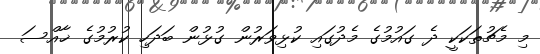
މި މެޗުތަކަކީ ދެ ގައުމުގެ މެދުގައި ކުޅިވަރުން ގުޅުން ބަދަހި ކުރުމުގެ ޚާއްސަ